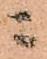
ニ